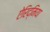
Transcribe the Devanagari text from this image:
ऐरिद्मिया